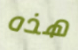
هذه